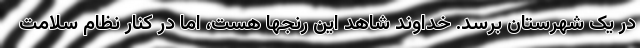
در یک شهرستان برسد. خداوند شاهد این رنجها هست، اما در کنار نظام سلامت